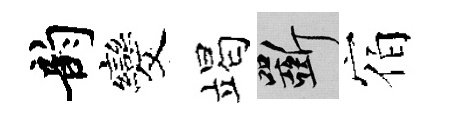
韵发竭斫宿